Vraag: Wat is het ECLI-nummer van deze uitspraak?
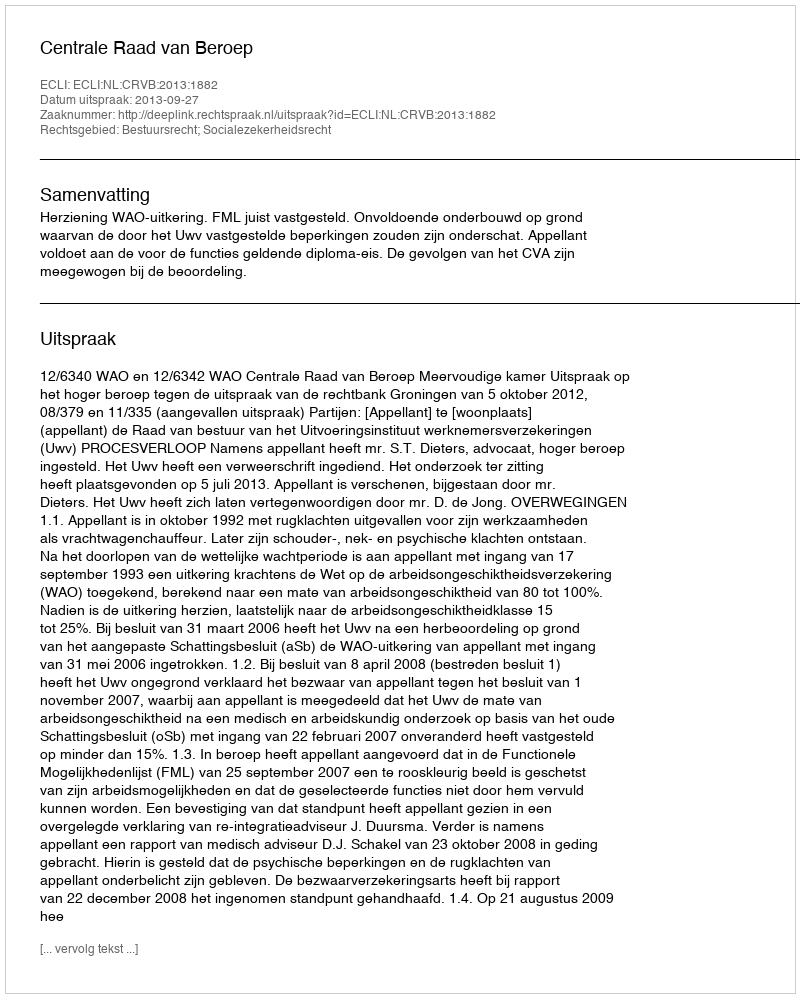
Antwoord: ECLI:NL:CRVB:2013:1882